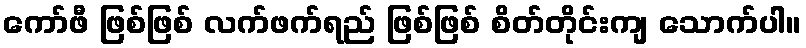
ကော်ဖီ ဖြစ်ဖြစ် လက်ဖက်ရည် ဖြစ်ဖြစ် စိတ်တိုင်းကျ သောက်ပါ။